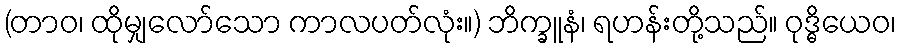
(တာဝ၊ ထိုမျှလော်သော ကာလပတ်လုံး။) ဘိက္ခူနံ၊ ရဟန်းတို့သည်။ ဝုဒ္ဓိယေဝ၊